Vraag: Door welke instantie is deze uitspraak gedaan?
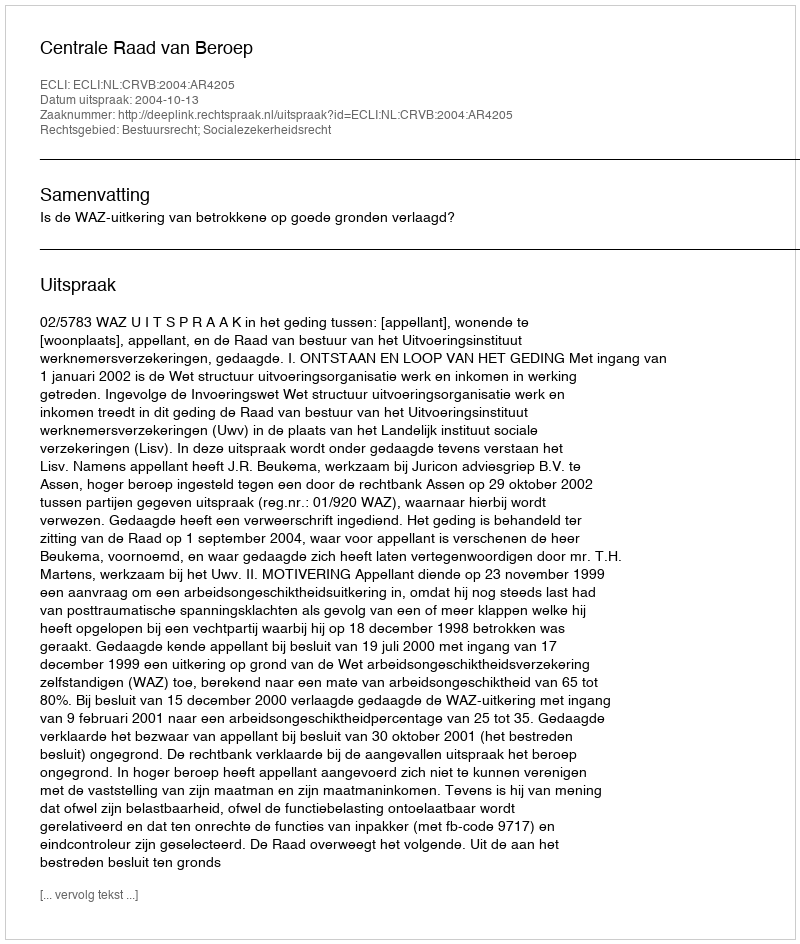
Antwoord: Centrale Raad van Beroep